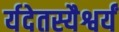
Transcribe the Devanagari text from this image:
र्यदेतस्यैश्वर्यं